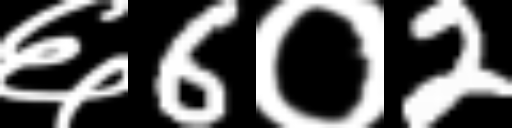
Text: ६6०2